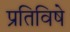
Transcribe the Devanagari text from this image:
प्रतिविषे